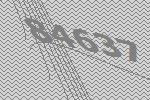
84637